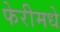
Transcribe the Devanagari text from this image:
फेरीमधे